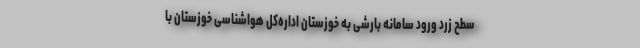
سطح زرد ورود سامانه بارشی به خوزستان اداره‌کل هواشناسی خوزستان با